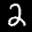
Label: 2